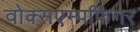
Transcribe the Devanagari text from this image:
वोक्सएम्पफिंगर